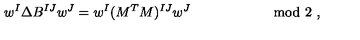
w ^ { I } \Delta B ^ { I J } w ^ { J } = w ^ { I } ( M ^ { T } M ) ^ { I J } w ^ { J } \qquad \qquad \qquad \mathrm { m o d \ 2 } \ ,